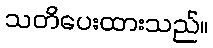
သတိပေးထားသည်။